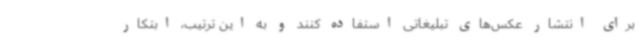
برای انتشار عکس‌های تبلیغاتی استفاده کنند و به این ترتیب، ابتکار